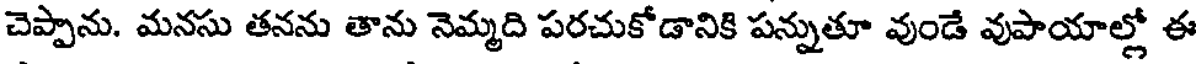
చెప్పాను. మనసు తనను తాను నెమ్మది పరచుకోడానికి పన్నుతూ వుండే వుపాయాల్లో ఈ